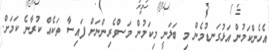
އެހެންކަމުން އަޅުގަނޑުމެން މި ބަލަނީ މިކަމުން މަސްވެރިންނަށް ފައިސާ ތަކެއް ކުރާނެ ކަމަށް.